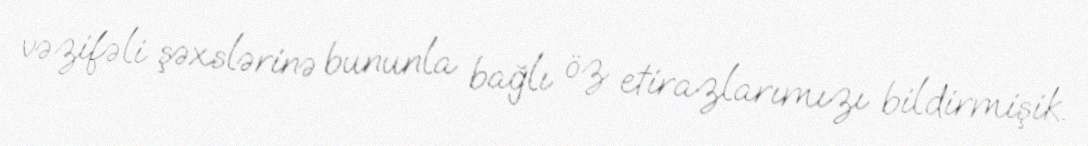
vəzifəli şəxslərinə bununla bağlı öz etirazlarımızı bildirmişik.